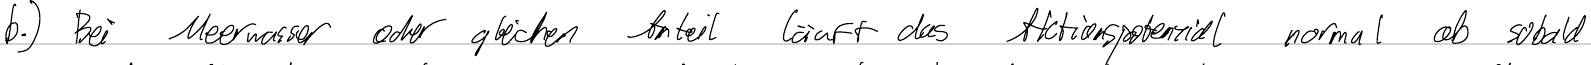
b.) Bei Meerwasser oder gleichen Anteil läuft das Aktionspotenzial normal ab sobald